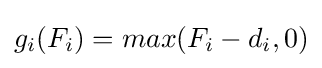
g_{i}(F_{i})=max{(F_{i}-d_{i},0)}